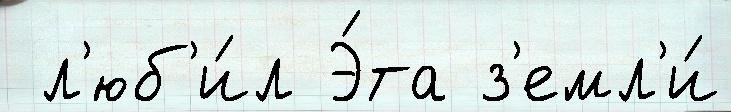
 л'юб'и́л Э́та з'емл'и́